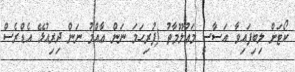
ކޯޓަށް ލިބިފައިވާ އަސާސީ މަޢުލޫމާތު (ފުރިހަމަ ނަން ޢާއްމު ނަން ދިރިއުޅޭ އެޑްރެސް